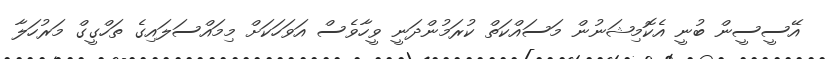
އޭސީސީން ބުނީ އެކޮމިޝަނުން މަސައްކަތް ކުރަމުންދަނީ ވީހާވެސް އަވަހަކަށް މިމައްސަލައިގެ ތަހްގީގް މަރުހަލާ